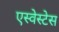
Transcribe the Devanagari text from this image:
एस्वेस्टेस